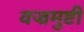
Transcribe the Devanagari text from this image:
वज्रमुष्टी